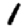
Digit: 1